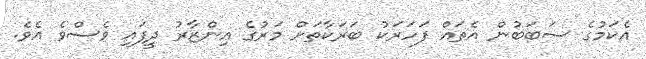
އެކަމުގެ ސަބަބުން އެތައް ފަހަރަކު ބަރަކާތަށް މަރުގެ އިންޒާރު ދީފައި ވެސްވެ އެވެ.